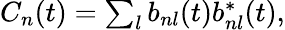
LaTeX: \begin{array}{r}{C_{n}(t)=\sum_{l}b_{nl}(t)b_{nl}^{*}(t),}\end{array}